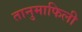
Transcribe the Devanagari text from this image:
तानुमाफिली